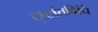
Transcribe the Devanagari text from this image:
दृष्टांतविधि